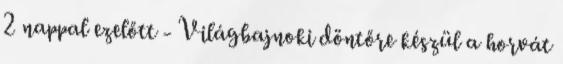
2 nappal ezelőtt - Világbajnoki döntőre készül a horvát